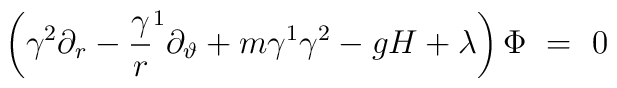
\left( \gamma ^2\partial _r-{\frac \gamma r}^1\partial_\vartheta +m\gamma ^1\gamma ^2-gH+\lambda \right) \Phi ~=~0